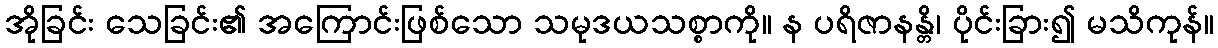
အိုခြင်း သေခြင်း၏ အကြောင်းဖြစ်သော သမုဒယသစ္စာကို။ န ပရိဇာနန္တိ၊ ပိုင်းခြား၍ မသိကုန်။